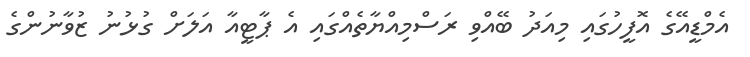
އެމްޑީއޭގެ އޮފީހުގައި މިއަދު ބޭއްވި ރަސްމިއްޔާތެއްގައި އެ ޕާޓީއާ އަލަށް ގުޅުނު ޒުވާނުންގެ